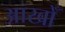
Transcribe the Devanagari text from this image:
आखोँ